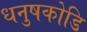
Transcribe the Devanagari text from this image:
धनुषकोडि